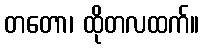
တတော၊ ထိုတလထက်။